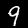
Digit: 9